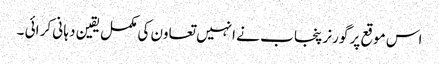
اس موقع پر گورنر پنجا ب نے انہیں تعاون کی مکمل یقین دہا نی کر ائی ۔